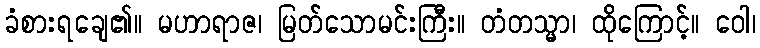
ခံစားရချေ၏။ မဟာရာဇ၊ မြတ်သောမင်းကြီး။ တံတသ္မာ၊ ထိုကြောင့်။ ဝေါ၊